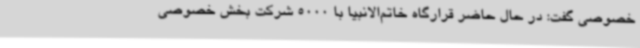
خصوصی گفت: در حال حاضر قرارگاه خاتم‌الانبیا با 5000 شرکت بخش خصوصی